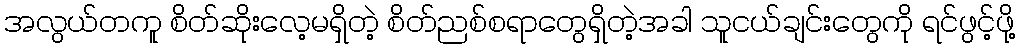
အလွယ်တကူ စိတ်ဆိုးလေ့မရှိတဲ့ စိတ်ညစ်စရာတွေရှိတဲ့အခါ သူငယ်ချင်းတွေကို ရင်ဖွင့်ဖို့